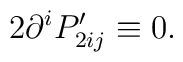
2\partial ^iP_{2ij}^{\prime }\equiv 0.